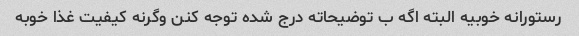
رستورانه خوبیه البته اگه ب توضیحاته درج شده توجه کنن وگرنه کیفیت غذا خوبه